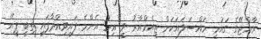
ރާއްޖޭގެ ގައުމީ މައްސަލައަކަށް ޖީއެމްއާރު ވީ އިރު އެންމެ ފައިވިއްދާފައި ތިބީ ޕީއޭ